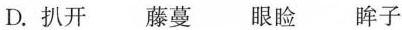
D.扒开 藤蔓眼睑眸子